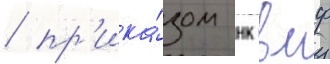
/ пр'ика́зом нк вмф